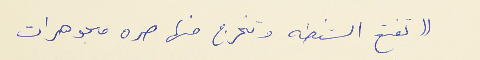
(( تفتح الشنطه وتخرج منها صره مجوهرات